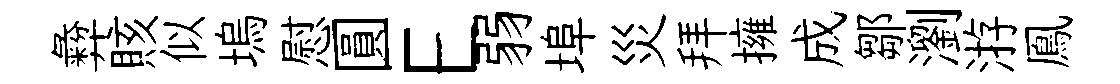
彜賅似塢慰圓E弱埠災拜擁成鄒瀏㳺鳯